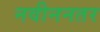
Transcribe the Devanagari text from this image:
नवीननतर